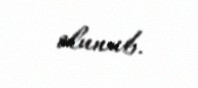
olunub.